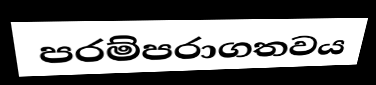
පරම්පරාගතවය